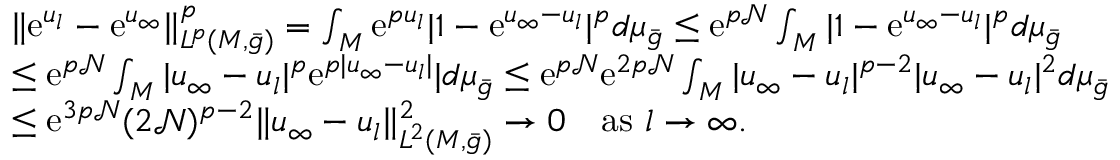
\begin{array} { r l } & { \| \mathrm { e } ^ { u _ { l } } - \mathrm { e } ^ { u _ { \infty } } \| _ { L ^ { p } ( M , \bar { g } ) } ^ { p } = \int _ { M } \mathrm { e } ^ { p u _ { l } } | 1 - \mathrm { e } ^ { u _ { \infty } - u _ { l } } | ^ { p } d \mu _ { \bar { g } } \le \mathrm { e } ^ { p \mathcal { N } } \int _ { M } | 1 - \mathrm { e } ^ { u _ { \infty } - u _ { l } } | ^ { p } d \mu _ { \bar { g } } } \\ & { \le \mathrm { e } ^ { p \mathcal { N } } \int _ { M } | u _ { \infty } - u _ { l } | ^ { p } \mathrm { e } ^ { p | u _ { \infty } - u _ { l } | } | d \mu _ { \bar { g } } \le \mathrm { e } ^ { p \mathcal { N } } \mathrm { e } ^ { 2 p \mathcal { N } } \int _ { M } | u _ { \infty } - u _ { l } | ^ { p - 2 } | u _ { \infty } - u _ { l } | ^ { 2 } d \mu _ { \bar { g } } } \\ & { \le \mathrm { e } ^ { 3 p \mathcal { N } } ( 2 \mathcal { N } ) ^ { p - 2 } \| u _ { \infty } - u _ { l } \| _ { L ^ { 2 } ( M , \bar { g } ) } ^ { 2 } \to 0 \quad \mathrm { a s ~ } l \to \infty . } \end{array}